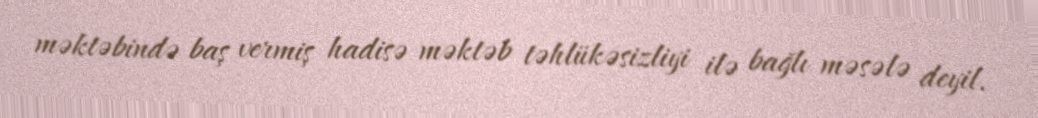
məktəbində baş vermiş hadisə məktəb təhlükəsizliyi ilə bağlı məsələ deyil.